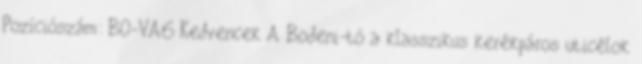
Pozíciószám: BO-VA6 Kedvencek A Bodeni-tó a klasszikus kerékpáros uticélok